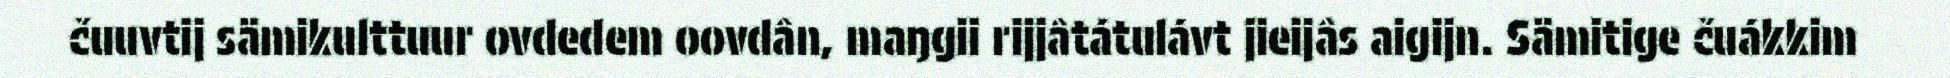
čuuvtij sämikulttuur ovdedem oovdân, maŋgii rijjâtátulávt jieijâs aigijn. Sämitige čuákkim